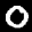
Label: 0